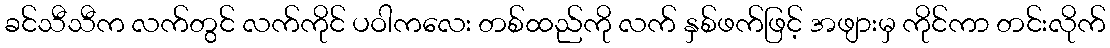
ခင်သီသီက လက်တွင် လက်ကိုင် ပဝါကလေး တစ်ထည်ကို လက် နှစ်ဖက်ဖြင့် အဖျားမှ ကိုင်ကာ တင်းလိုက်